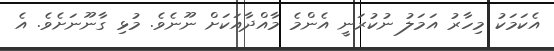
އެކަމަކު މިހާރު އަމަލު ނުކުރަނީ އެންމެ މާއްދާއަކަށް ނޫނެވެ. މުޅި ގާނޫނަށެވެ. އެ